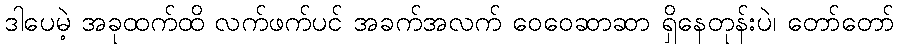
ဒါပေမဲ့ အခုထက်ထိ လက်ဖက်ပင် အခက်အလက် ဝေဝေဆာဆာ ရှိနေတုန်းပဲ၊ တော်တော်